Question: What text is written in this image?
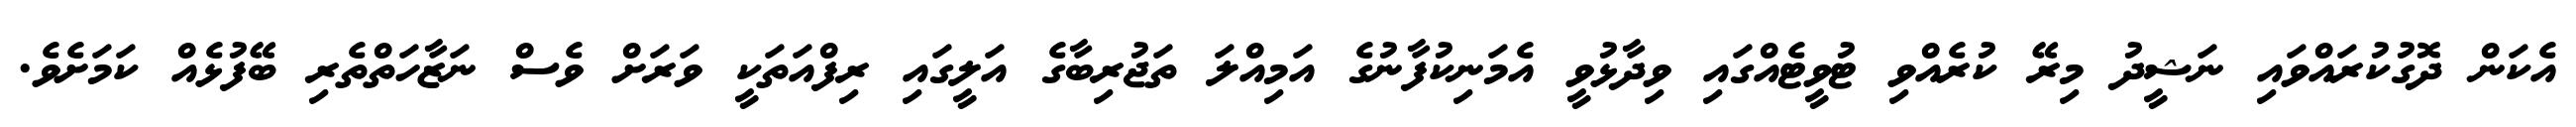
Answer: އެކަން ދޮގުކުރައްވައި ނަޝީދު މިރޭ ކުރެއްވި ޓުވީޓެއްގައި ވިދާޅުވީ އެމަނިކުފާނުގެ އަމިއްލަ ތަޖުރިބާގެ އަލީގައި ރިފްއަތަކީ ވަރަށް ވެސް ނަޒާހަތްތެރި ބޭފުޅެއް ކަމަށެވެ.